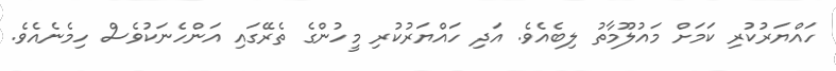
ހައްޔަރުކުރި ކަމަށް މައުލޫމާތު ލިބެއެވެ. އަދި ހައްޔަރުކުރި މީހުންގެ ތެރޭގައި އަންހެނަކުވެސް ހިމެނެއެވެ.